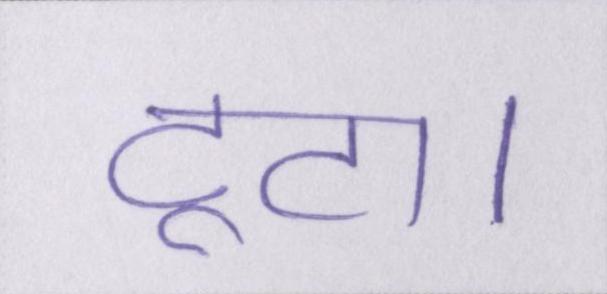
टूटा।